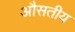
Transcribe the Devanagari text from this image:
औसतीय